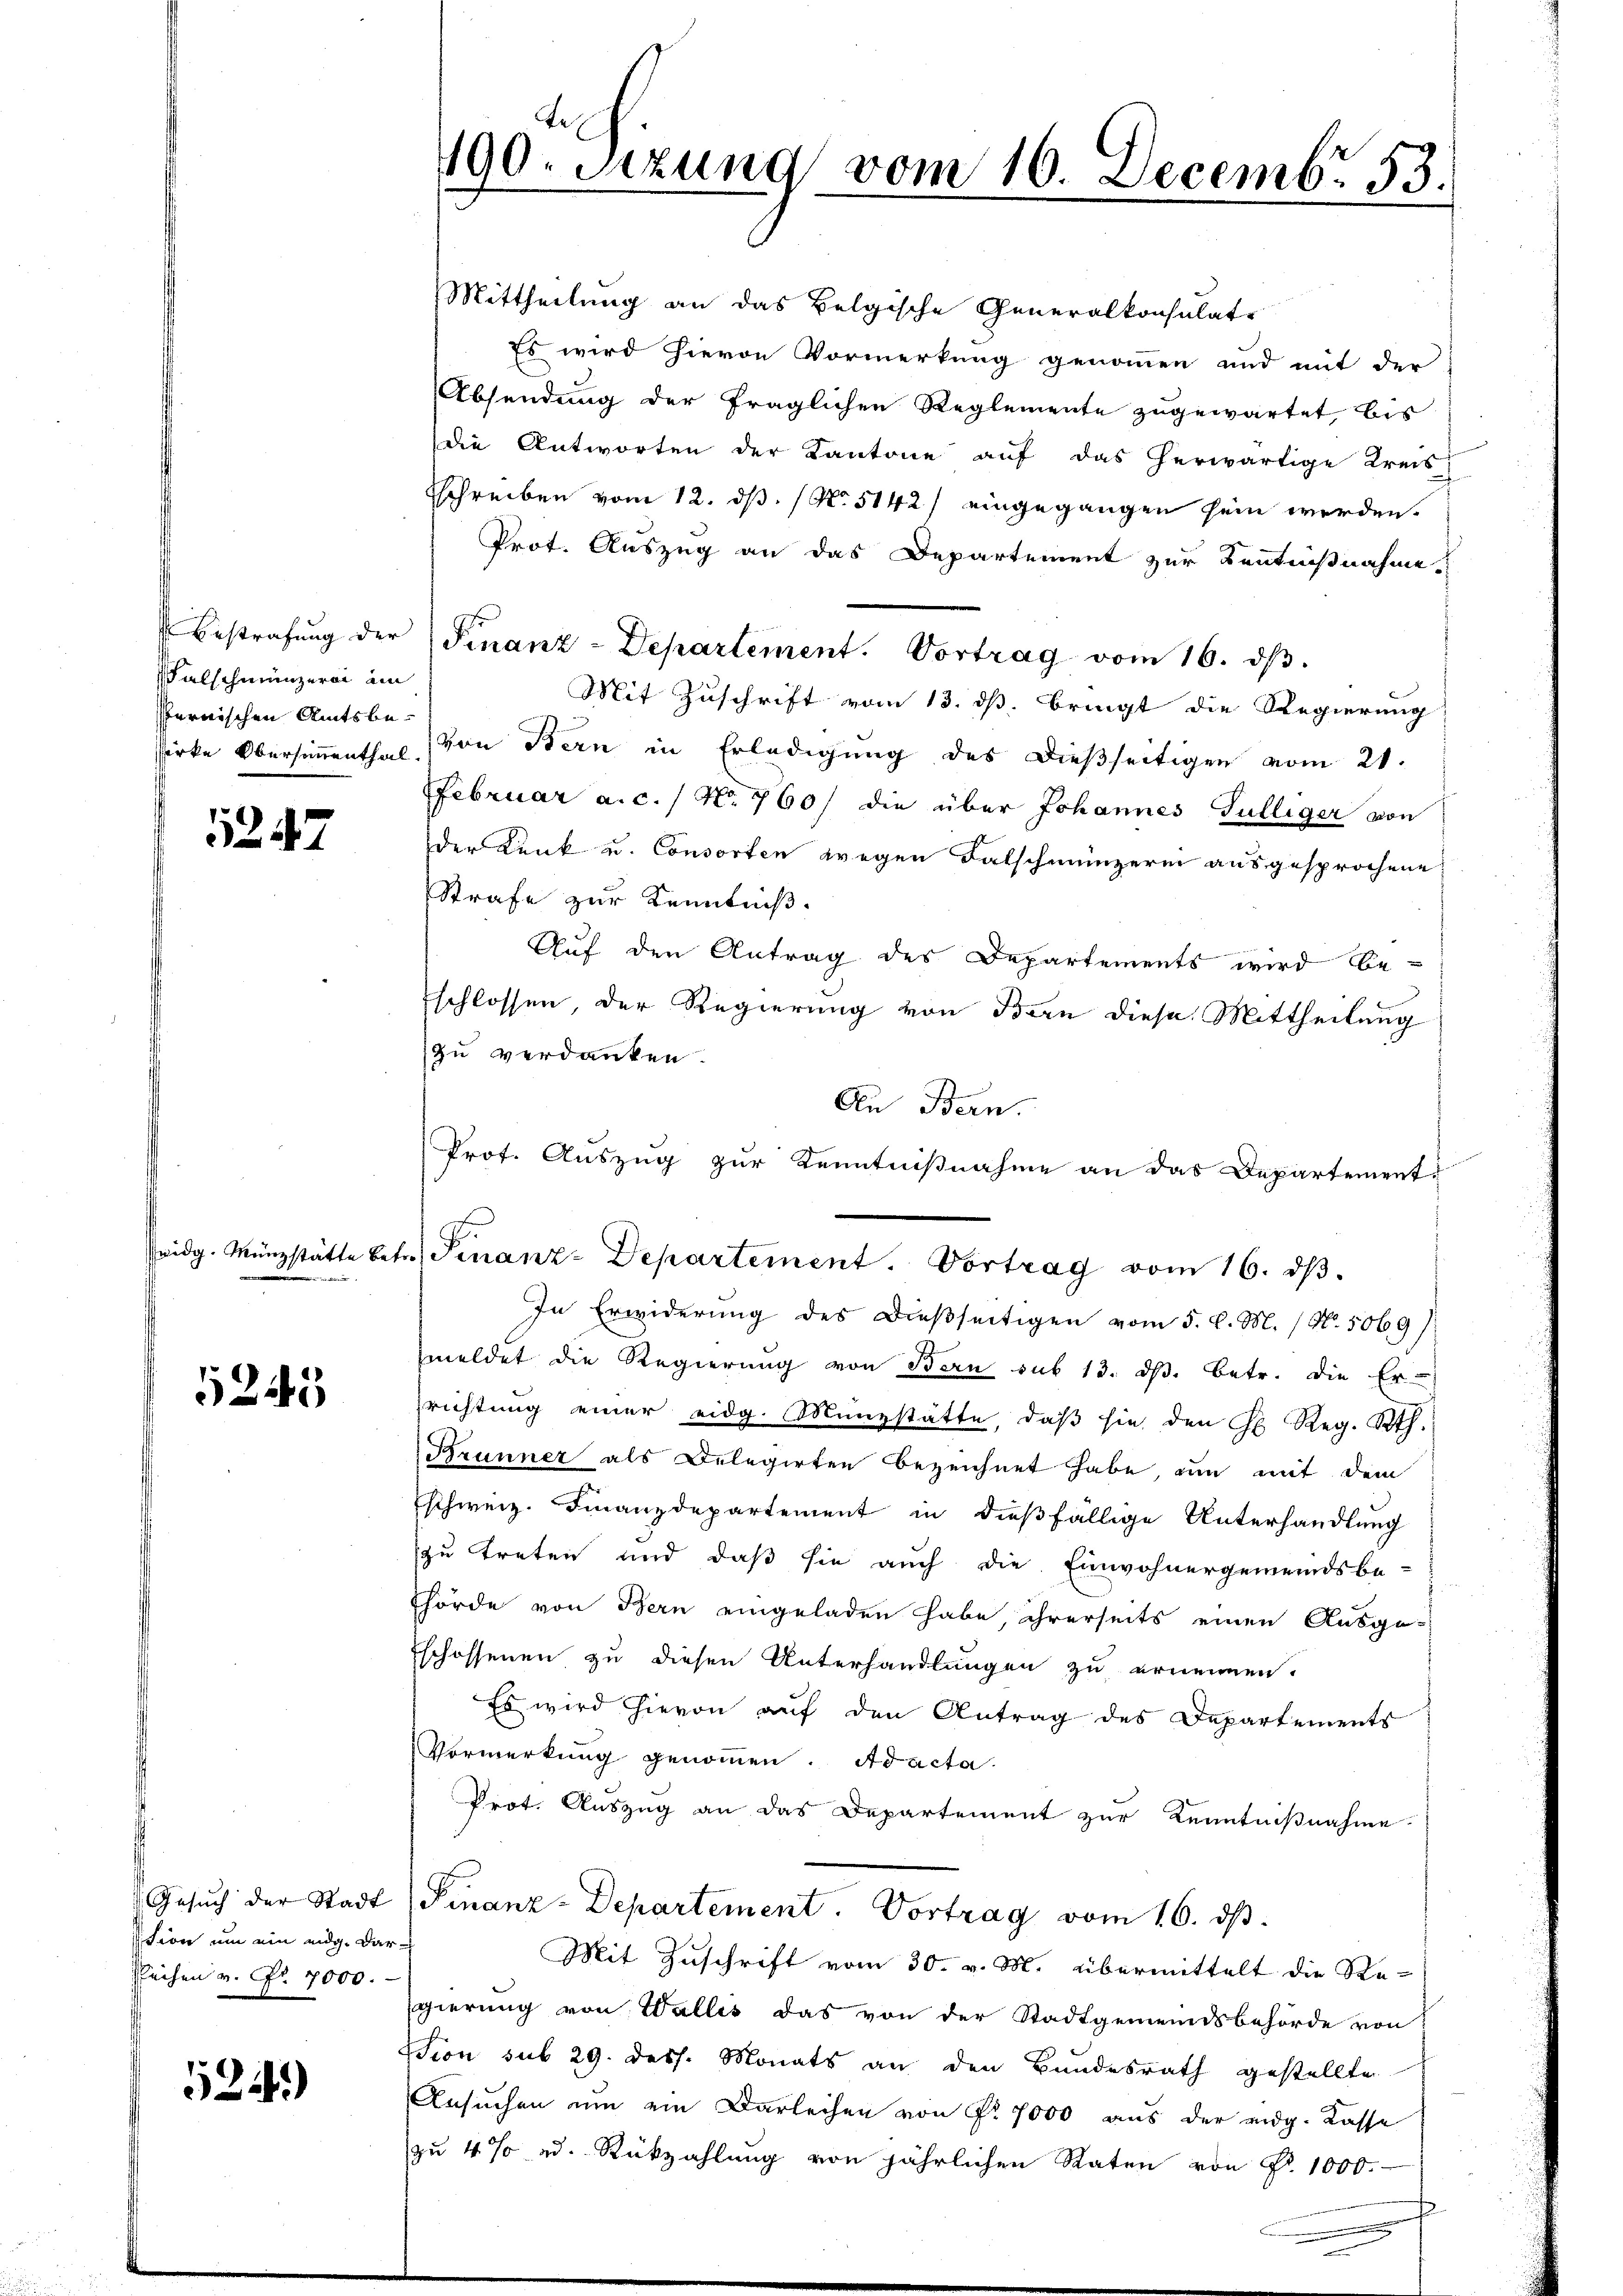
Falschmünzerei an
sternischen Amtsbe¬

1247

widg. Münzstätte be¬

5245

sssion um ein eidg. Dar-
sleihen v. Nr. 7000.

524.)

190. Sitzung vom 16. Decembr. 53

Mittheilung an das Belgische Generalkonsulate
Es wird hievon Vormerkung genommen und mit der
Absendung der fraglichen Reglemente zugewartet, bis
die Antworten der Kantone auf das herwärtige Kreis-
Schreiben vom 12. ds. No. 5142/ eingegangen sein werden.
Prot. Auszug an das Departement zur Kenntnißnahme
Bestrafŭng der Finanz-Departement. Vortrag vom 16. dβ.
Mit Zuschrift vom 13. ds. bringt die Regierung
sirke Obersimmenthal, von Bern in Erledigŭng des dießseitigen vom 21.
Februar a.c. / N. 760/ die über Johannes Gülliger von
der Kunk u. Consorten wegen Falschmünzerinn ausgesprochene
Strafe zur Kenntniß.
Auf den Antrag des Departements wird beschlossen, der Regierung von Bern diese Mittheilung
zu verdanken.
An Bern.
Prof. Auszug zur Kenntnißnahme an das Departement

le Finanz-Departement. Vortrag vom 16. dβ.

In Erwiderung des Dießseitigen vom 5. d. M. / No. 5069)
meldet die Regierung von Bern sub 13. ds. betr. die Er-
richtung einer eidg. Münzstätte, daβ sie den H. Reg. Rth.
Brunner als Delegirten bezeichnet habe, um mit dem
schweiz. Finanzdepartement in dießfällige Unterhandlung
zu treten und daß sie auch die Einwohnergemeindsbe-
Thörde von Bern eingeladen habe, ihrerseits einen Ausge¬
Eschossenen zu diesen Unterhandlungen zu ernennen.
Es wird hievon auf den Antrag des Departements
Vormerkung genommen. Adacta
Prot. Auszug an das Departement zur Kenntnißnahme.
Gesŭch der Stadt (Finanz-Departement. Vortrag vom 16. ds.
Mit Zuschrift vom 30. v. M. übermittelt die Regierung von Wallis das von der Stadtgemeindsbehörde von
ssion sub 29. dess. Monats an den Bundesrath gestellte
Ansuchen um ein Darleihen von Nr. 7000 aus der eidg. Kasse
zu 4% ad. Rückzahlŭng von jährlichen Raten von Fr. 1000.-